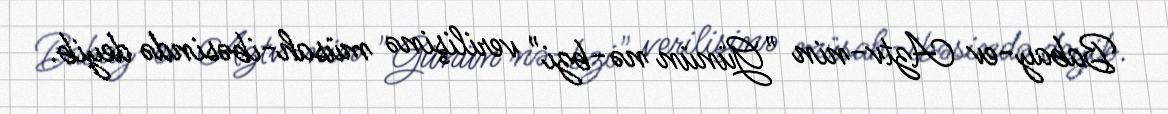
Babay­ev Aztv-nin "Günün nə­bzi" verilişinə müsah­ibəsində deyib.